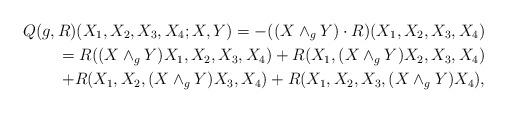
LaTeX: \begin{align*}Q(g,R)(X_1,X_2,X_3,X_4;X,Y)=-((X\wedge_g Y)\cdot R)(X_1,X_2,X_3,X_4)\\=R((X\wedge_g Y)X_1,X_2,X_3,X_4)+R(X_1,(X\wedge_g Y)X_2,X_3,X_4)\\+R(X_1,X_2,(X\wedge_g Y)X_3,X_4)+R(X_1,X_2,X_3,(X\wedge_g Y)X_4),\end{align*}